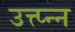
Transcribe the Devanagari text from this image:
उत्त्प्न्न